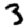
Digit: 3